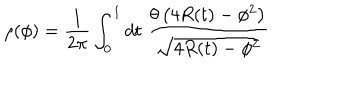
LaTeX: \rho ( \phi ) = \frac { 1 } { 2 \pi } \int _ { 0 } ^ { 1 } d t \; \frac { \theta \left( 4 R ( t ) - \phi ^ { 2 } \right) } { \sqrt { 4 R ( t ) - \phi ^ { 2 } } }